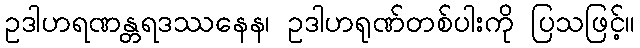
ဥဒါဟရဏန္တရဒဿနေန၊ ဥဒါဟရုဏ်တစ်ပါးကို ပြသဖြင့်။